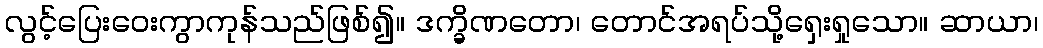
လွင့်ပြေးဝေးကွာကုန်သည်ဖြစ်၍။ ဒက္ခိဏတော၊ တောင်အရပ်သို့ရှေးရှုသော။ ဆာယာ၊